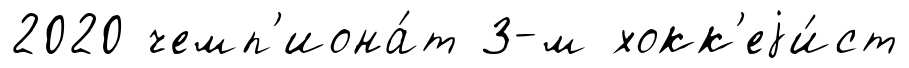
2020 чемп'иона́т 3-м хокк'еjи́ст